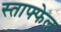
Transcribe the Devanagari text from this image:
स्ताफ्फेल्न